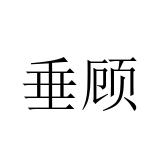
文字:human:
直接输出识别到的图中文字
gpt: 垂顾